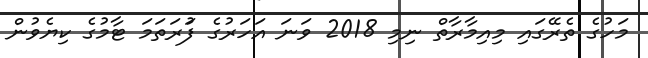
މަހުގެ ތެރޭގައި މިއިމާރާތް ނިމި 2018 ވަަނަ އަަހަރުގެ ފުަރަތަމަ ޓާމުގެ ކިޔެވުން